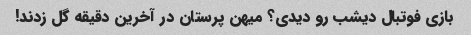
بازی فوتبال دیشب رو دیدی؟ میهن پرستان در آخرین دقیقه گل زدند!